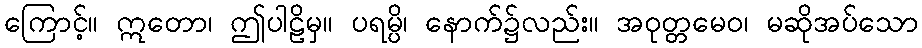
ကြောင့်။ ဣတော၊ ဤပါဠိမှ။ ပရမ္ပိ၊ နောက်၌လည်း။ အဝုတ္တမေဝ၊ မဆိုအပ်သော